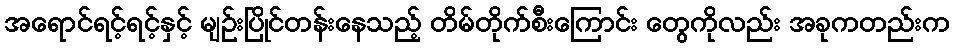
အရောင်ရင့်ရင့်နှင့် မျဉ်းပြိုင်တန်းနေသည့် တိမ်တိုက်စီးကြောင်း တွေကိုလည်း အခုကတည်းက